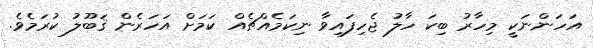
އަހަންނަކީ މިހާރު ބިކަ ހާލު ޖެހިފައިވާ ނިކަމެއްޗެއް ކަމަށް އަހަރެން ޤަބޫލު ކުރަމެވެ.